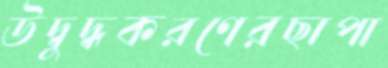
উদ্বুদ্ধকরণেরছাপা